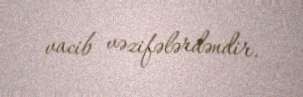
vacib vəzifələrdəndir.